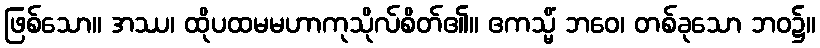
ဖြစ်သော။ အဿ၊ ထိုပထမမဟာကုသိုလ်စိတ်၏။ ဧကသ္မိံ ဘဝေ၊ တစ်ခုသော ဘဝ၌။